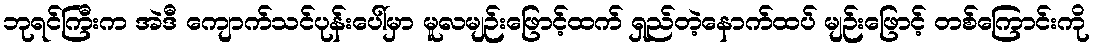
ဘုရင်ကြီးက အဲဒီ ကျောက်သင်ပုန်းပေါ်မှာ မူလမျဉ်းဖြောင့်ထက် ရှည်တဲ့နောက်ထပ် မျဉ်းဖြောင့် တစ်ကြောင်းကို